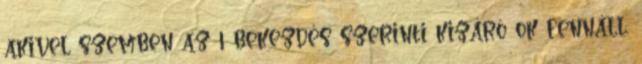
akivel szemben az 1 bekezdés szerinti kizáró ok fennáll.